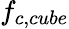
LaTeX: f_{c,cube}